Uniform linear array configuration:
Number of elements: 8
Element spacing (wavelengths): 1
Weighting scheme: blackman
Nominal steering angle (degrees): -60
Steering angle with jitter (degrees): -58.46
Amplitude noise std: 0.05
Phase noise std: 0.05

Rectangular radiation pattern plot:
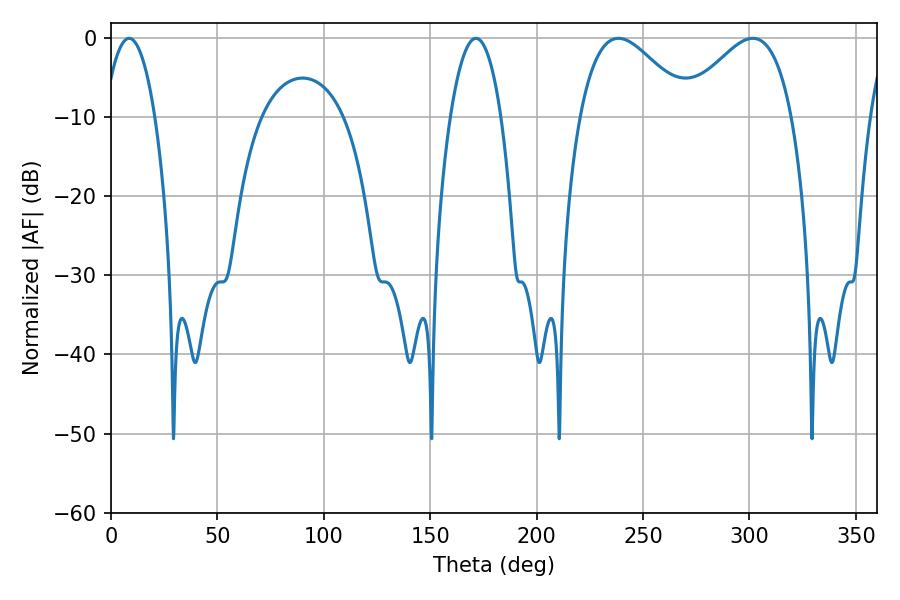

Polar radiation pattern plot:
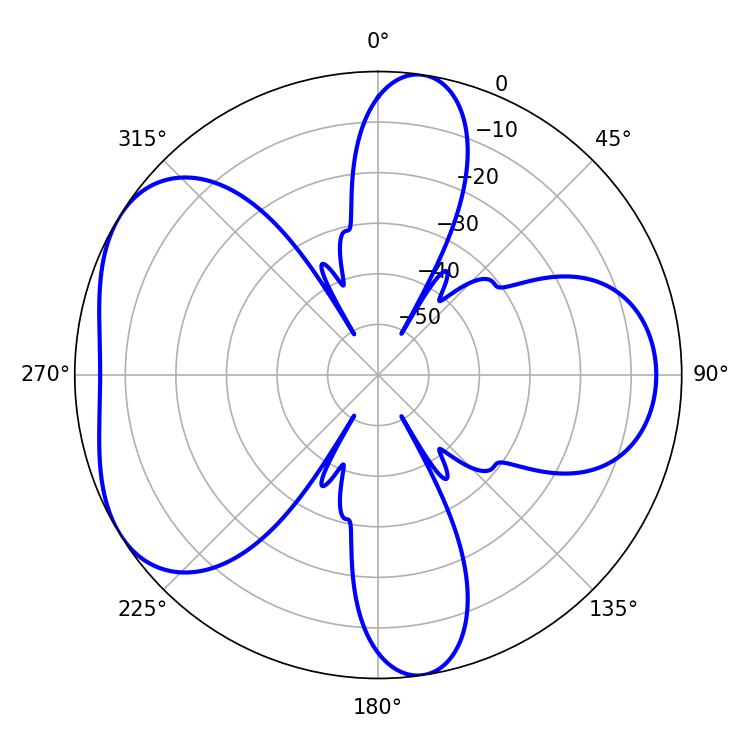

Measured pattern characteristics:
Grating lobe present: TRUE
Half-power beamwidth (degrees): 27.72
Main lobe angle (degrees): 301.5